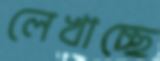
লেখাচ্ছে